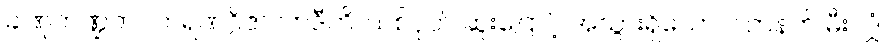
ခါဏုကဏ္ဍကပဟရဏဂ္ဂိဇာလာဒီဟိ၊ သစ်ငုတ် ဆူးငြောင့် အသွားရှိသောလက်နက် မီးလျှံ